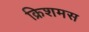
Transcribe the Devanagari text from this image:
क्रिशमस